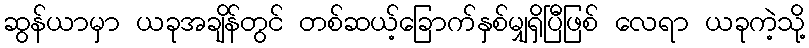
ဆွန်ယာမှာ ယခုအချိန်တွင် တစ်ဆယ့်ခြောက်နှစ်မျှရှိပြီဖြစ် လေရာ ယခုကဲ့သို့